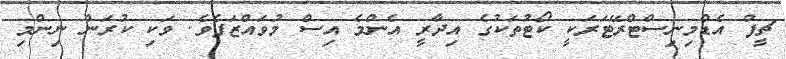
ޗީފް އެޑްމިނިސްޓްރޭޓަރަކީ ކޯޓުތަކުގެ އިދާރީ އެންމެ އިސް މުވައްޒަފެވެ. ވަކި ކުރަން ނިންމި